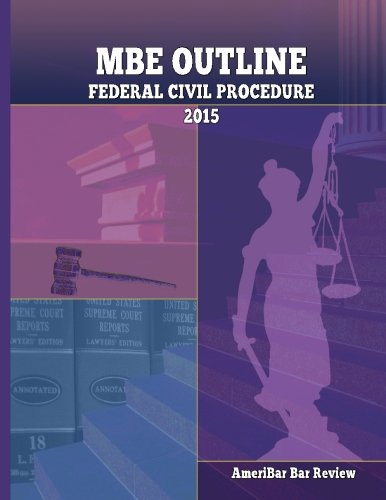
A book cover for MBE Outline Federal Civil Procedure: Outline of Federal Civil Procedure for the Multistate Bar Exam MBE; AmeriBar Bar Review; Test Preparation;